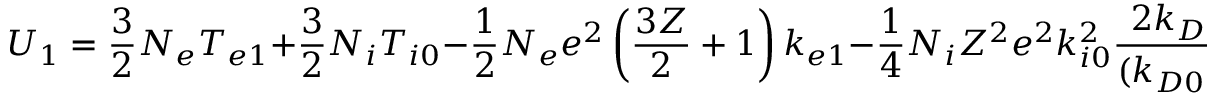
U _ { 1 } = \frac { 3 } { 2 } N _ { e } T _ { e 1 } + \frac { 3 } { 2 } N _ { i } T _ { i 0 } - \frac { 1 } { 2 } N _ { e } e ^ { 2 } \left( \frac { 3 Z } { 2 } + 1 \right) k _ { e 1 } - \frac { 1 } { 4 } N _ { i } Z ^ { 2 } e ^ { 2 } k _ { i 0 } ^ { 2 } \frac { 2 k _ { D 0 } + k _ { e 1 } } { ( k _ { D 0 } + k _ { e 1 } ) ^ { 2 } } \, .